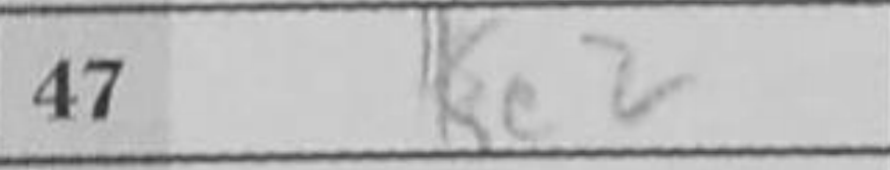
Transcription: Ke2